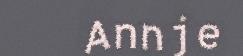
Annje